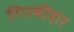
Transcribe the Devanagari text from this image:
गिरवीदार